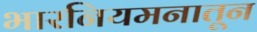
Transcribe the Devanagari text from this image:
भारनियमनातून